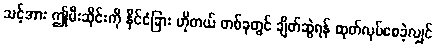
သင့်အား ဤမီးဆိုင်းကို နိုင်ငံခြား ဟိုတယ် တစ်ခုတွင် ချိတ်ဆွဲရန် ထုတ်လုပ်စေခဲ့လျှင်